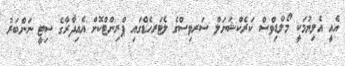
އެއީ އެލިޔުމަކީ މޯލްޑިވްސް ކަރެކްޝަނަލް ސަރވިސްގެ ލެޓަރހެޑްގައި ޕްރިންޓްކޮށް އެއިދާރާގެ ސިޓީ ނަންބަރު